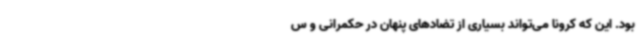
بود. این که کرونا می‌تواند بسیاری از تضادهای پنهان در حکمرانی و س